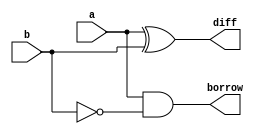
`timescale 1ns/1ps
module half_subtractor_behavioral (
  input a,    // Input 'a'
  input b,    // Input 'b'
  output reg diff,   // Output 'diff' (Difference)
  output reg borrow  // Output 'borrow'
);

  // Combinational logic equations for difference and borrow
  always @(*) begin
    diff = a ^ b;  // Difference
    borrow = a & ~b;  // Borrow
  end

endmodule